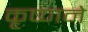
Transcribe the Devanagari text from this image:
कृष्‍णने